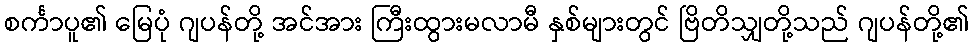
စင်္ကာပူ၏ မြေပုံ ဂျပန်တို့ အင်အား ကြီးထွားမလာမီ နှစ်များတွင် ဗြိတိသျှတို့သည် ဂျပန်တို့၏